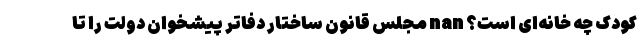
کودک چه خانه‌ای است؟ nan مجلس قانون ساختار دفاتر پیشخوان دولت را تا